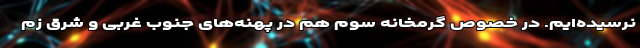
نرسیده‌ایم. در خصوص گرمخانه سوم هم در پهنه‌های جنوب غربی و شرق زم